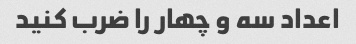
اعداد سه و چهار را ضرب کنید